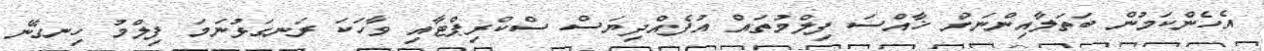
އެހެންކަމުން ބަތަލާއިންނަށް ޚާއްސަ ފިލްމުތައް އުފެއްދިޔަސް ސްކްރިޕްޓާއި ވާހަކަ ރަނގަޅުނަމަ ފިލްމު ހިނގާނެ